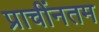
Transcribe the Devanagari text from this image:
प्राचींनतम